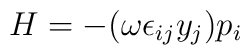
H = -(\omega \epsilon_{ij} y_j)p_i